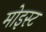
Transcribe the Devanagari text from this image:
मोइस्ट